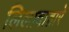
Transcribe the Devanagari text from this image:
लिलावाद्वारे